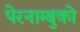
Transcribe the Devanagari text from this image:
पेरनाम्बुको